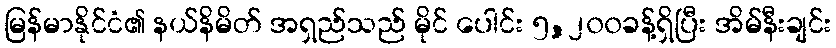
မြန်မာနိုင်ငံ၏ နယ်နိမိတ် အရှည်သည် မိုင် ပေါင်း ၅,၂၀၀ခန့်ရှိပြီး အိမ်နီးချင်း